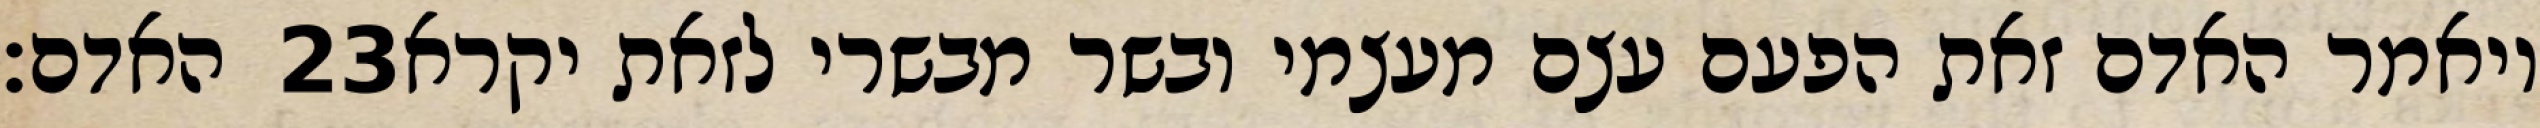
האדם׃ ‎23‏ ויאמר האדם זאת הפעם עצם מעצמי ובשר מבשרי לזאת יקרא